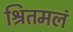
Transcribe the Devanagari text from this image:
श्रितमलं